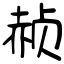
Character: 赪